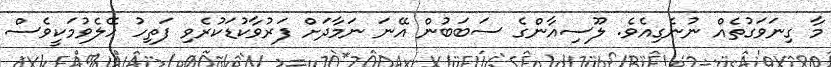
މާ ގިނަވަގުތެއް ނުނެގިއެވެ. ލޫސިއާންގެ ސަބަބުން އޭނަ ނަމާދަށް ފަރުވާކުޑަކުރެވި ފަތިހު ހޭލެވުމަކީވެސް